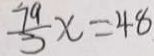
\frac { 7 9 } { 3 } x = 4 8